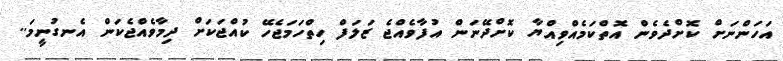
އަހަންނަށް ކޮށްދެވެން އޮތްކަމެއްވިއްޔާ ކޮށްދޭނަން އުފާވެއްޖެ ޒަލަފް ހިތްހަމަޖެހޭ ކުއްޖަކަށް ދިމާވެއްޖެކަން އެނގުނީމަ..